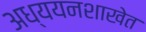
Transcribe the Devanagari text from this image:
अध्ययनशाखेत